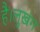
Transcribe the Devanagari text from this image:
है।लुखंग